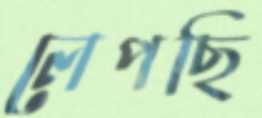
লেপছি